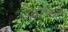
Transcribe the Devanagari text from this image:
जाचने